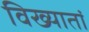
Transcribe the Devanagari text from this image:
विख्यातां